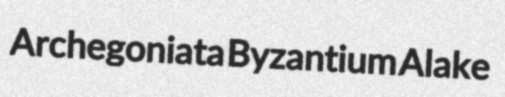
Archegoniata Byzantium Alake